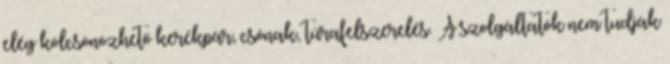
elég kölcsönözhető kerékpár, csónak, túrafelszerelés. A szolgáltatók nem tudják